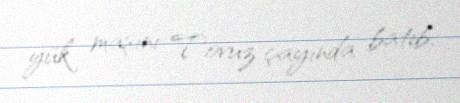
yük maşını Tovuz çayında batıb.